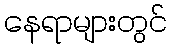
နေရာများတွင်